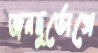
জনদুর্ভোগে